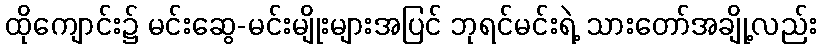
ထိုကျောင်း၌ မင်းဆွေ-မင်းမျိုးများအပြင် ဘုရင်မင်းရဲ့ သားတော်အချို့လည်း